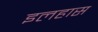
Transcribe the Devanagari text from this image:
इलहास